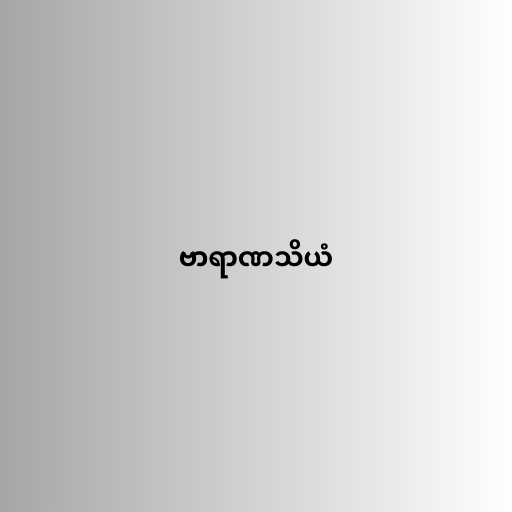
ဗာရာဏသိယံ